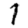
Digit: 1